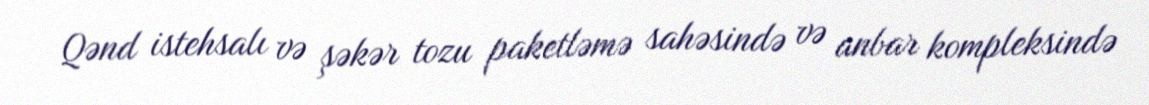
Qənd istehsalı və şəkər tozu paketləmə sahəsində və anbar kompleksində